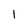
Character: 1